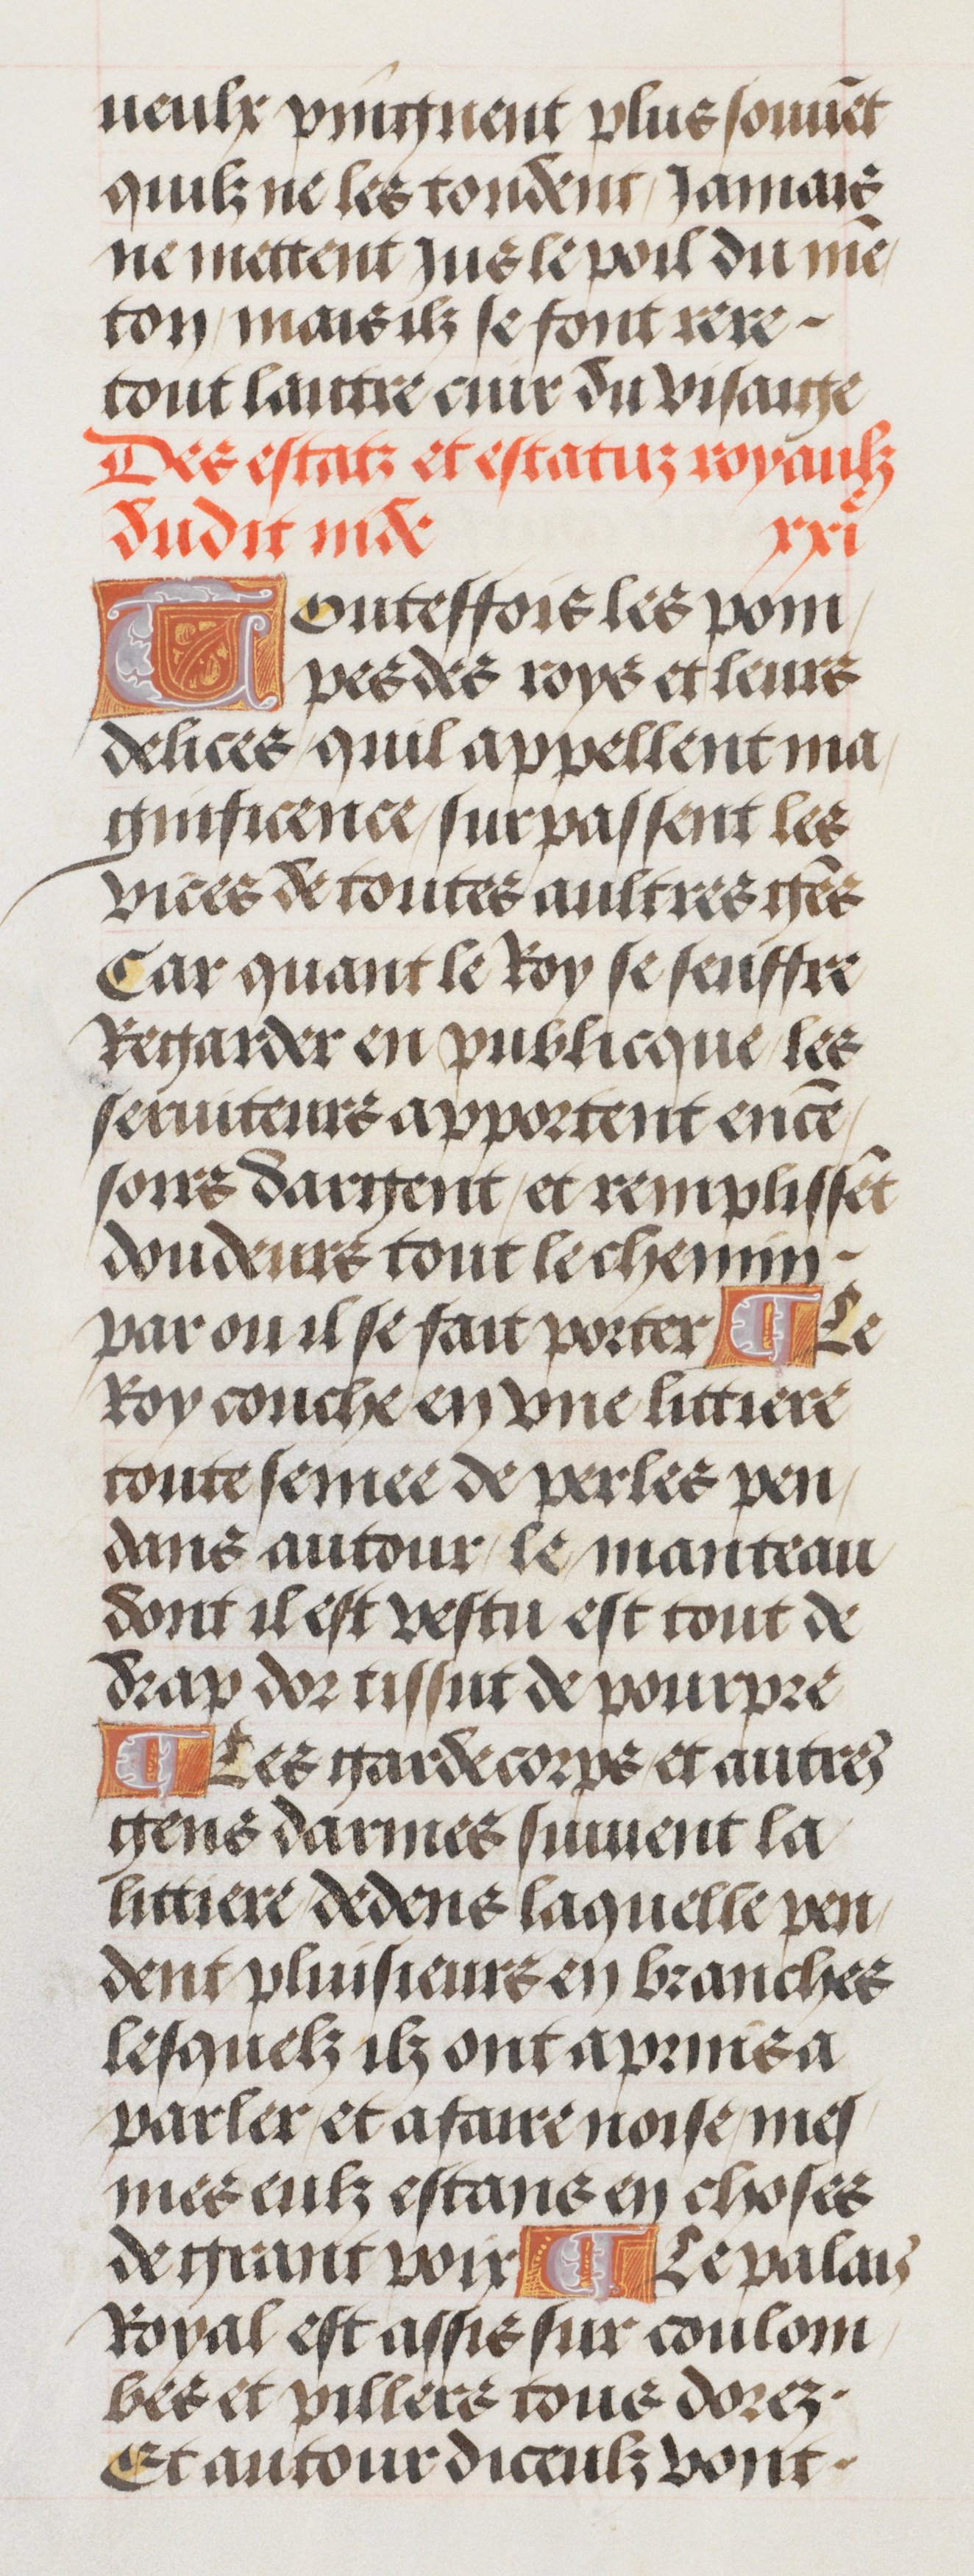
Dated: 1460–1515